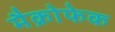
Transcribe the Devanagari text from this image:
मैक्रोफेक